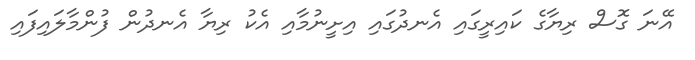
އޭނަ ގޮސް ރިޔާގެ ކައިރީގައި އެނދުގައި އިށީނުމާއި އެކު ރިޔާ އެނދުން ފުންމާލައިފައި